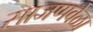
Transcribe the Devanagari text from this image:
साजणवेळा